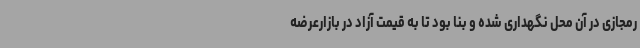
رمجازی در آن محل نگهداری شده و بنا بود تا به قیمت آزاد در بازارعرضه